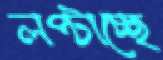
লপ্‌টাচ্ছে